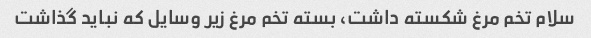
سلام تخم مرغ شکسته داشت، بسته تخم مرغ زیر وسایل که نباید گذاشت